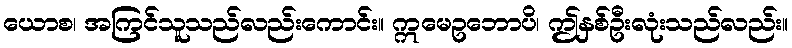
ယောစ၊ အကြင်သူသည်လည်းကောင်း။ ဣမေဥဘောပိ၊ ဤနှစ်ဦးလုံးသည်လည်း။